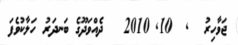
ޖަވާހިރު